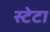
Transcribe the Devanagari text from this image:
स्टेटा